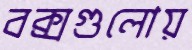
বক্সগুলোয়